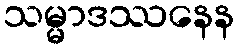
သမ္မာဒဿနေန